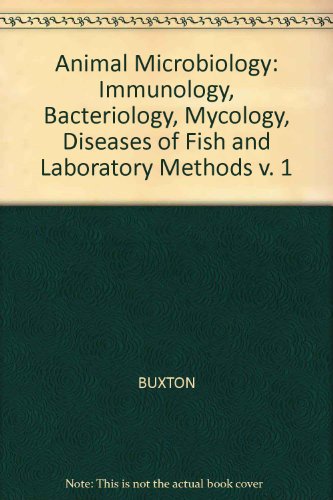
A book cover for Animal Microbiology: Immunology, Bacteriology, Mycology, Diseases of Fish and Laboratory Methods v. 1; A. Buxton; Medical Books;